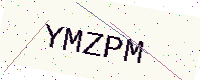
Text: YMZPM